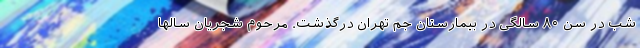
شب در سن ۸۰ سالگی در بیمارستان جم تهران درگذشت. مرحوم شجریان سالها